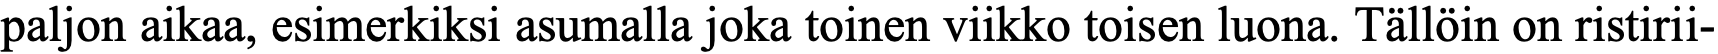
paljon aikaa, esimerkiksi asumalla joka toinen viikko toisen luona. Tällöin on ristirii-